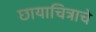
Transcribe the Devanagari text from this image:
छायाचित्राचे